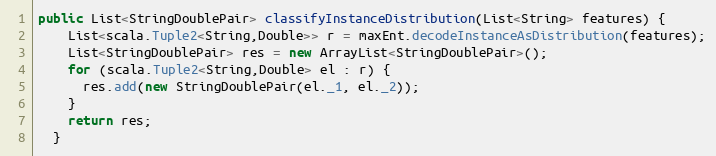
Language: Java
public List<StringDoublePair> classifyInstanceDistribution(List<String> features) {
    List<scala.Tuple2<String,Double>> r = maxEnt.decodeInstanceAsDistribution(features);
    List<StringDoublePair> res = new ArrayList<StringDoublePair>();
    for (scala.Tuple2<String,Double> el : r) {
      res.add(new StringDoublePair(el._1, el._2));
    }
    return res;
  }